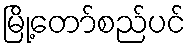
မြို့တော်စည်ပင်